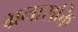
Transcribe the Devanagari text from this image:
भ्रनासक्ति